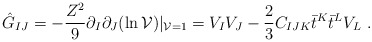
\begin{align*}\hat {G}_{IJ}=- {Z^2\over 9} \partial_I \partial_J (\ln {\cal V} ) |_{{\cal V}=1}= V_I V_J - {2\over 3} C_{IJK} \bar t^K \bar t^L V_L \ .\end{align*}